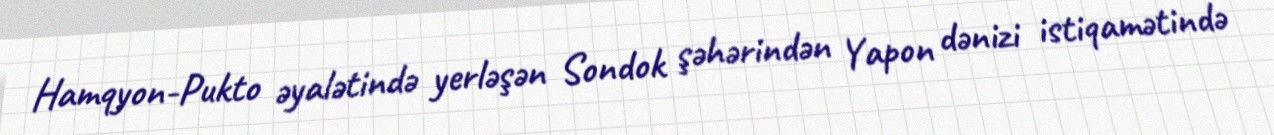
Hamqyon-Pukto əyalətində yerləşən Sondok şəhərindən Yapon dənizi istiqamətində